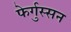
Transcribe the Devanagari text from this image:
फेर्गुस्सन